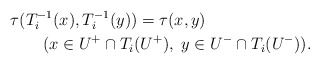
\begin{align*}&\tau(T_i^{-1}(x),T_i^{-1}(y))=\tau(x,y)\\&\qquad(x\in U^+\cap T_i(U^+),\; y\in U^-\cap T_i(U^-)).\end{align*}